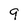
Character: 9